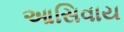
આસિવાય